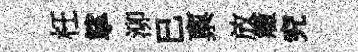
枉挲泖已禀放癥究